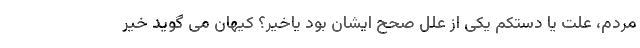
مردم، علت یا دستکم یکی از علل صحح ایشان بود یاخیر؟ کیهان می گوید خیر